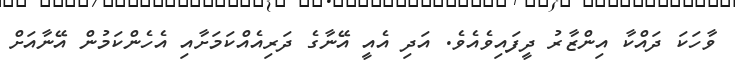
ވާހަކަ ދައްކާ އިންޒާރު ދީފައިވެއެވެ. އަދި އެއީ އޭނާގެ ދަރިއެއްކަމަށާއި އެހެންކަމުން އޭނާއަށް